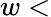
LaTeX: w<